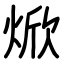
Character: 焮